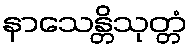
နာသေန္တိသုတ္တံ